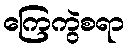
ကြေကွဲစရာ